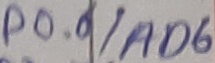
Text: P0.6/AD6